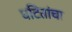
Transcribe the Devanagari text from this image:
घटितांचा